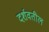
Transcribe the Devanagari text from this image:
दर्शवतील